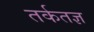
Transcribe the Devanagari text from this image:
तर्कतज्ञ